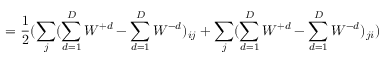
= \frac { 1 } { 2 } ( \sum _ { j } ( \sum _ { d = 1 } ^ { D } W ^ { + d } - \sum _ { d = 1 } ^ { D } W ^ { - d } ) _ { i j } + \sum _ { j } ( \sum _ { d = 1 } ^ { D } W ^ { + d } - \sum _ { d = 1 } ^ { D } W ^ { - d } ) _ { j i } )